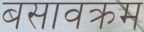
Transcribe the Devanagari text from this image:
बसावक्रम